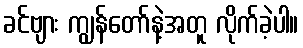
ခင်ဗျား ကျွန်တော်နဲ့အတူ လိုက်ခဲ့ပါ။